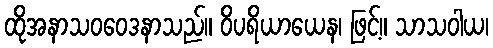
ထိုအနာသဝဝေဒနာသည်။ ဝိပရိယာယေန၊ ဖြင့်။ သာသဝါယ၊